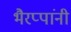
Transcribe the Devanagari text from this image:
भैरप्पांनी